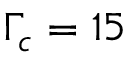
\Gamma _ { c } = 1 5